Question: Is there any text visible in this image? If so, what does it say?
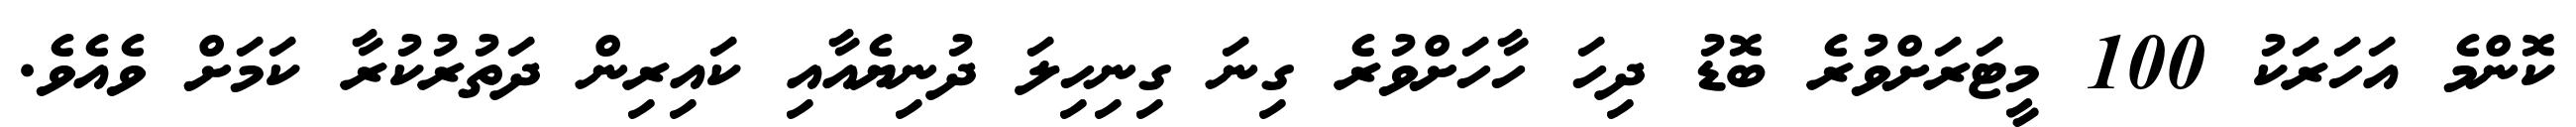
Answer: ކޮންމެ އަހަރަކު 100 މީޓަރަށްވުރެ ބޮޑު ދިހަ ހާހަށްވުރެ ގިނަ ގިނިހިލަ ދުނިޔެއާއި ކައިރިން ދަތުރުކުރާ ކަމަށް ވެއެވެ.